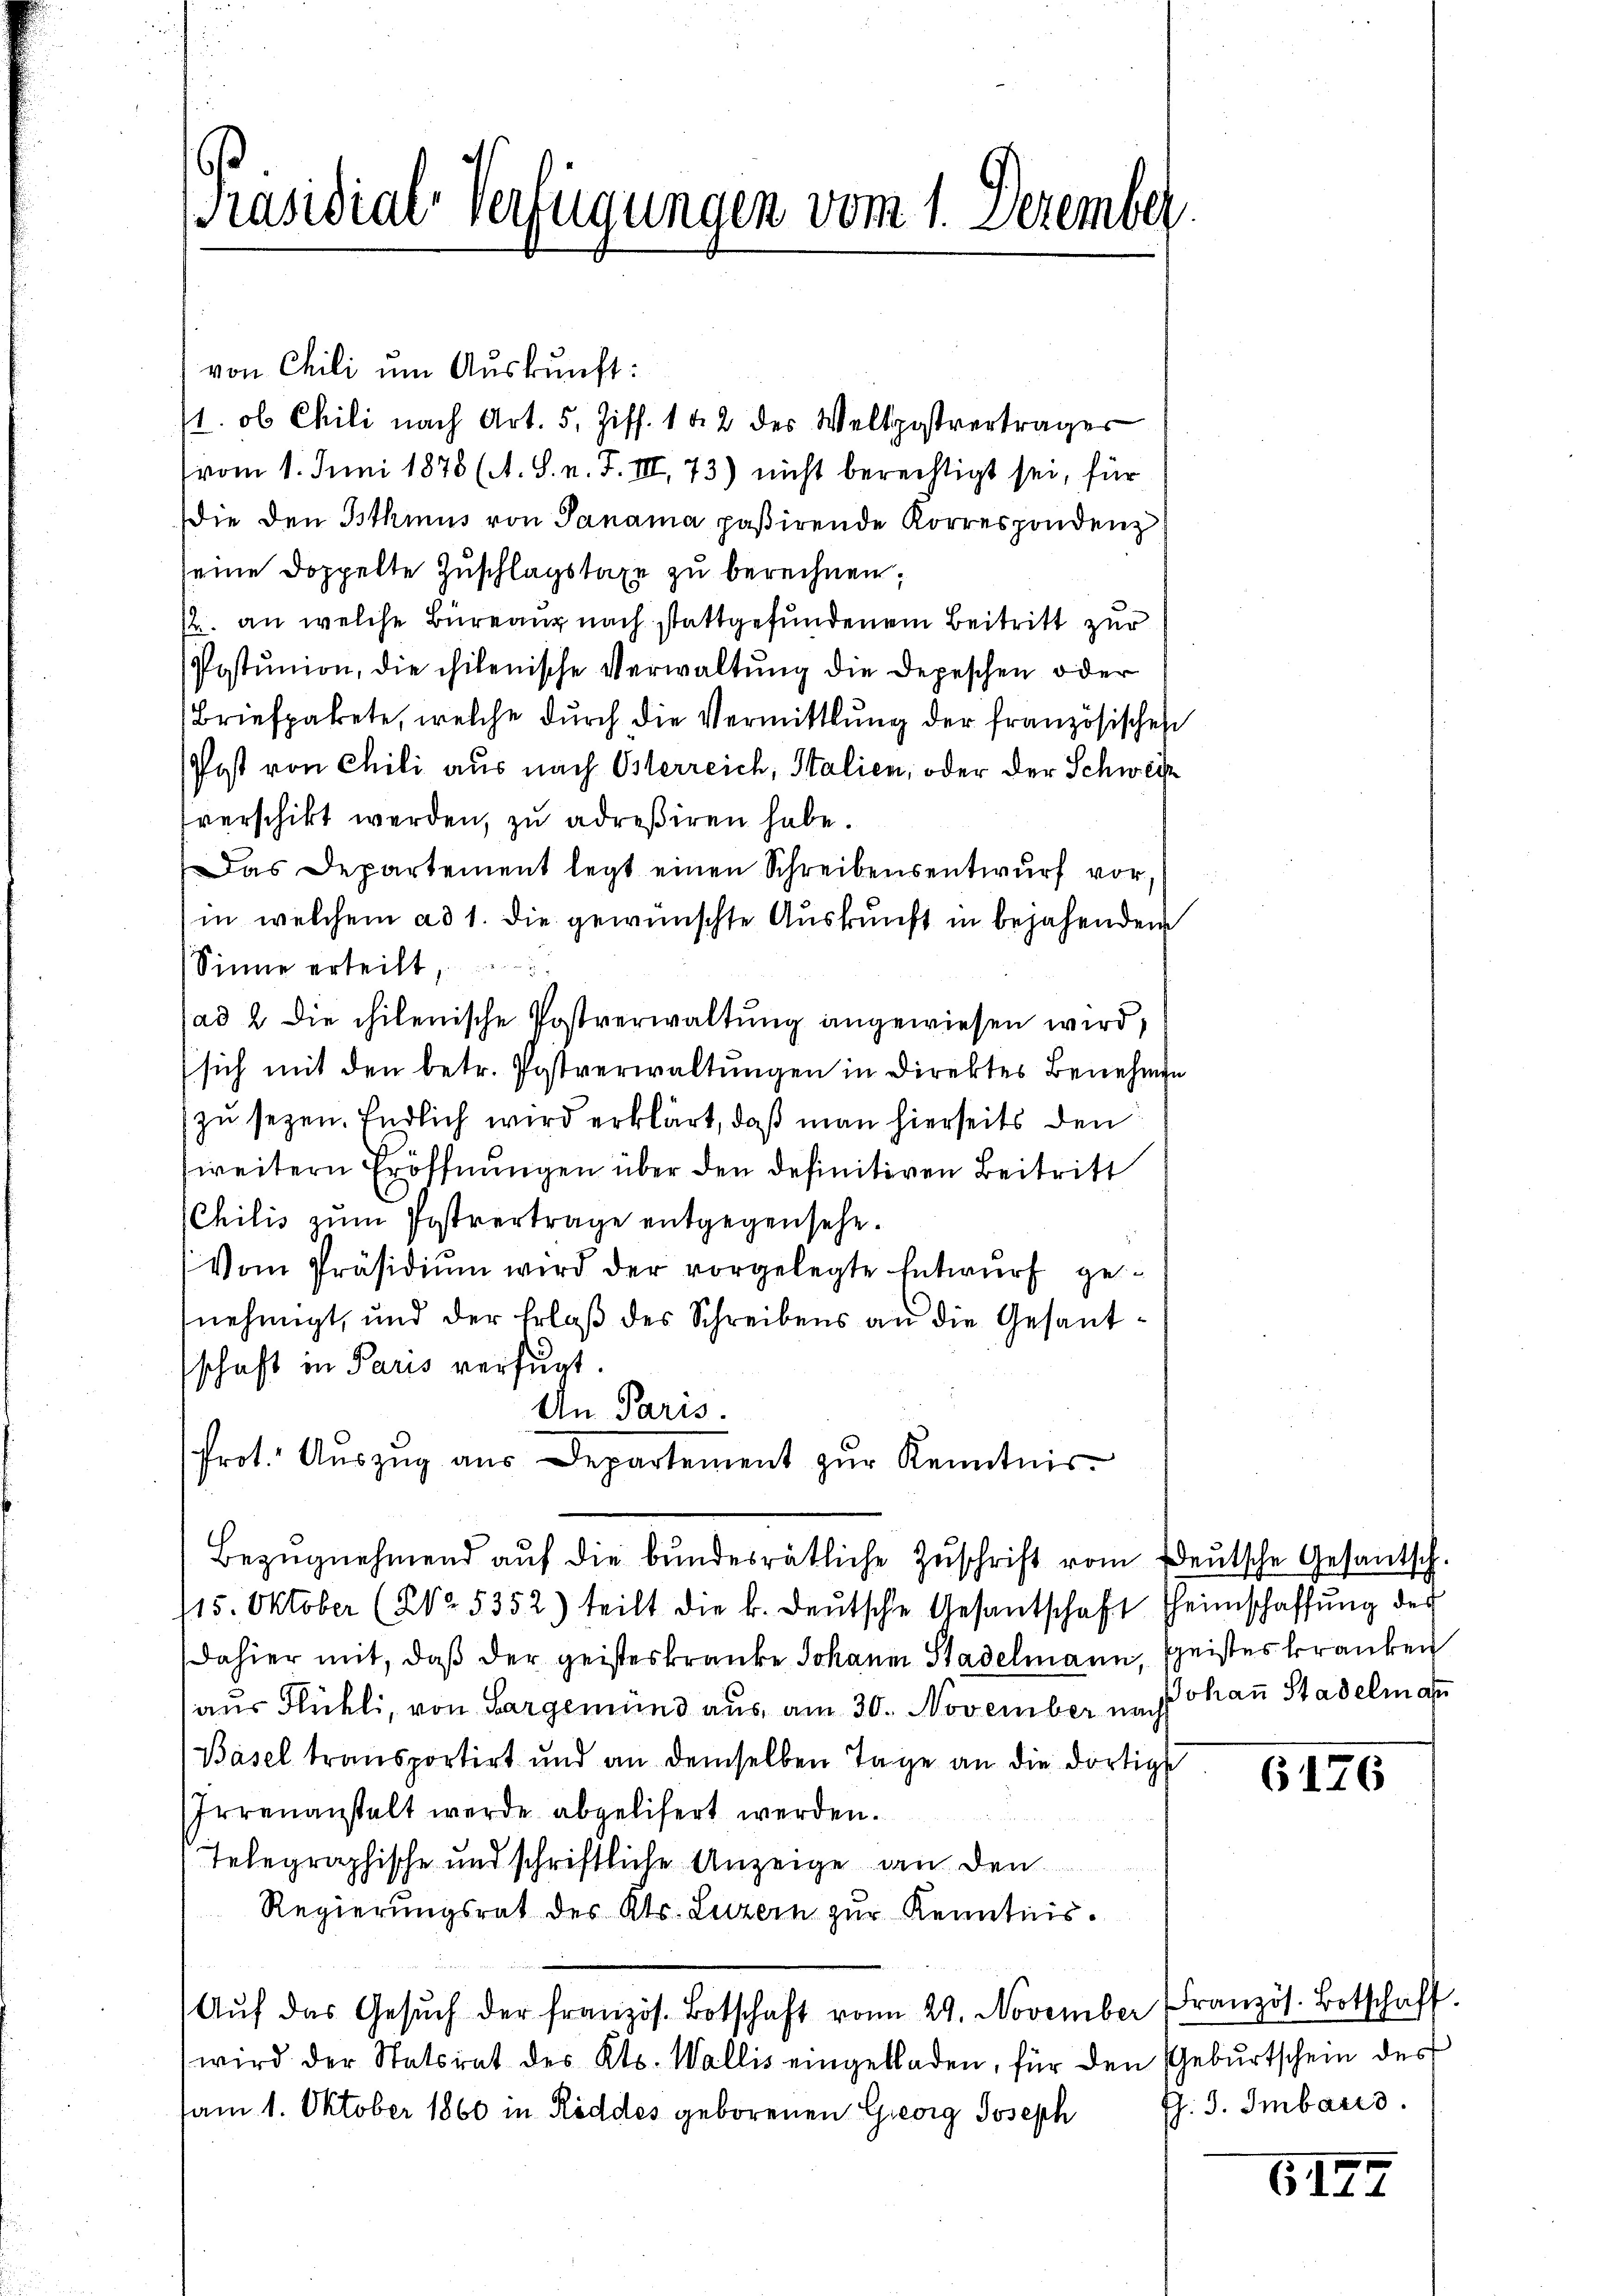
Präsidial-Verfügungen vom 1. Dezember

von Chili um Auskunft:
/1. ob Chili nach Art. 5, Ziff. 1 & 2 der Weltpostverträger
(vom 1. Juni 1878 (A. S. n. F. III 73) nicht berechtigt sei, für
ie den Isthmus von Panama paßirende Korrespondenz
seine Doppelte Zuschlagstaxe zu berechnen,
f. an welche Büreaux nach stattgefundenem Beitritt zur
Postunion, die chilenische Verwaltung die Depeschen oder
Briefpakete, welche dŭrch die Vermittlung der französisches
Post von Chili aus nach Osterreich, Italien, oder der Schweiz
verschikt werden, zu adreßiren habe.
Das Departement legt einen Schreibensentwurf vor,
in welchem ad 1. die gewünschte Auskunft in bejahendem
Sinne erteilt,
(ad 2 die chilenische Postverwaltung angewiesen wird,
sich mit den betr. Postverwaltungen in Direktes Benehmen
zu seyen. Endlich wird erklärt, daß man hierseits den
weitern Eröffnungen über den definitiven Beitritt
CChilis zŭm Postvertrage entgegensehe.
Vom Präsidiŭm wird der vorgelegte Entwurf genehmigt, und der Erlaß des Schreibens an die Gesandschaft in Paris verfügt.
An Paris.
Prot. Aŭszŭg aŭs Departement zŭr Kenntnis-
Bezŭgnehmend aŭf die bundesrätliche Zŭschrift vom Deutsche Gesantsch.
115. Oktober (2° 5352) teilt die k. deŭtsche Gesantschaft Heimschaffŭng des
dahier mit, daß der geisteskranke Johann Stadelmann, speistes kranken
aus Flühli, von Largemünd aus, am 30. November nach Than Stadelman
Basel transportirt und an demselben Tage an die dortigs
Irrenanstalt werde abgelisert werden.
Telegraphische und schriftliche Anzeige an den
Regierungsrat des Kts. Luzern zur Kenntnis¬
Aŭf das Gesŭch der französ. Botschaft vom 29. November französ. Botschaft.
wird der Statsrat des Kts. Wallis eingebladen, für den Geburtschein des
am 1. Oktober 1860 in Röddes geborenen Georg Joseph (s. S. Imbaris

6126

6144